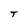
Character: T